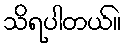
သိရပါတယ်။